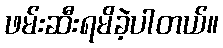
ဖမ်းဆီးရမိခဲ့ပါတယ်။